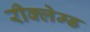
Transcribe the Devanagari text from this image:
रीक्लेम्ड